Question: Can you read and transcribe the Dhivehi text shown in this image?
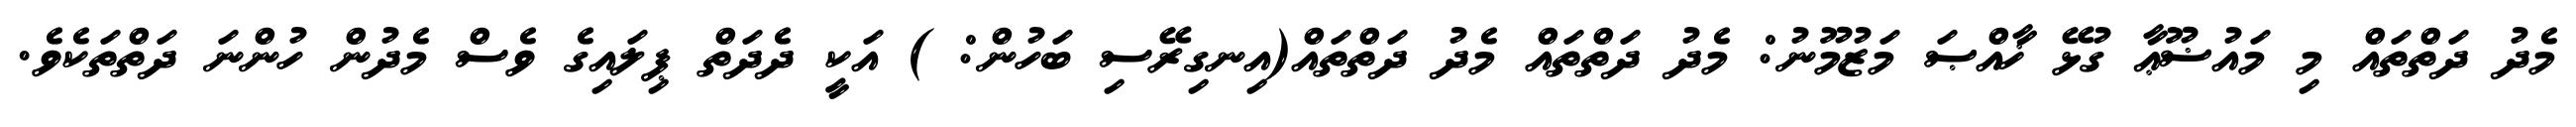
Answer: މެދު ދަތްތައް މި މައުޟޫޢާ ގުޅޭ ޚާއްޞަ މަޒުމޫނު: މެދު ދަތްތައް މެދު ދަތްތައް(އިނގިރޭސި ބަހުން: ) އަކީ ދެދަތް ޕިލައިގެ ވެސް މެދުން ހުންނަ ދަތްތަކެވެ.